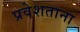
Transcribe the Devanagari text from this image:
प्रवेशताना